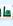
ما